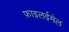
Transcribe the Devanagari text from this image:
फ़ाइलईमेल